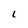
Character: L